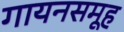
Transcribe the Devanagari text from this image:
गायनसमूह